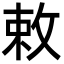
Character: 敕